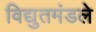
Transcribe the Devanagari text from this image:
विद्युतमंडले